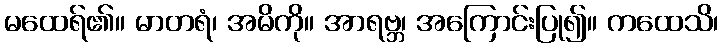
မထေရ်၏။ မာတရံ၊ အမိကို။ အာရဗ္ဘ၊ အကြောင်းပြု၍။ ကထေသိ၊